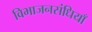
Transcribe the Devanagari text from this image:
विभाजनसंधियाँ